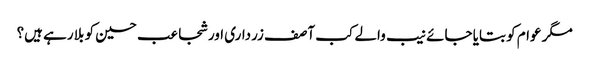
مگر عوام کو بتایا جائے نیب والے کب آصف زرداری اور شجاعب حسین کو بلا رہے ہیں؟